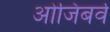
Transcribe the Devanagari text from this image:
ओजिबर्व